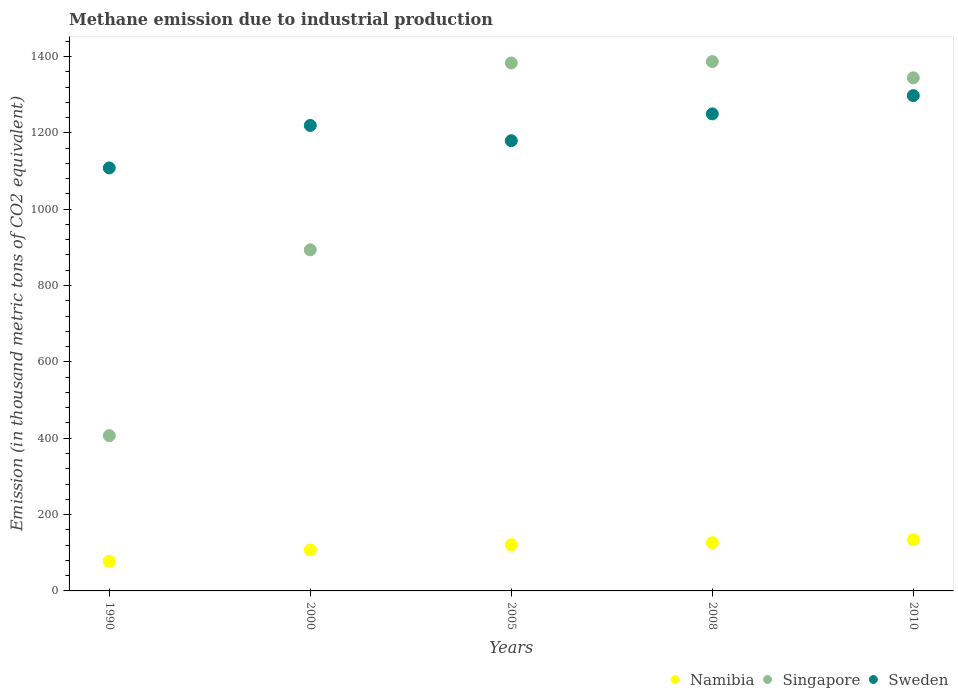
| Years | Namibia | Singapore | Sweden |
 | --- | --- | --- | --- |
 | 1990 | 77.6 | 407 | 1.11e+03 |
 | 2000 | 107 | 894 | 1.22e+03 |
 | 2005 | 121 | 1.38e+03 | 1.18e+03 |
 | 2008 | 126 | 1.39e+03 | 1.25e+03 |
 | 2010 | 134 | 1.34e+03 | 1.3e+03 |